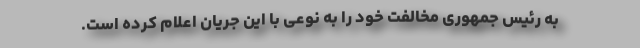
به رئیس جمهوری مخالفت خود را به نوعی با این جریان اعلام کرده است.